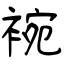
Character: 䘼